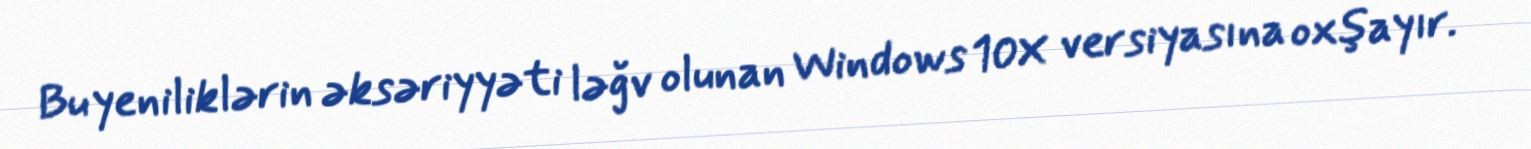
Bu yeniliklərin əksəriyyəti ləğv olunan Windows 10X versiyasına oxşayır.